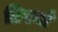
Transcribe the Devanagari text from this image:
टिपर्या